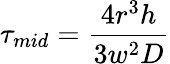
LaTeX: \tau_{mid}=\frac{4r^{3}h}{3w^{2}D}